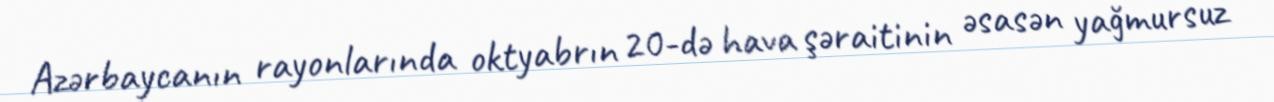
Azərbaycanın rayonlarında oktyabrın 20-də hava şəraitinin əsasən yağmursuz